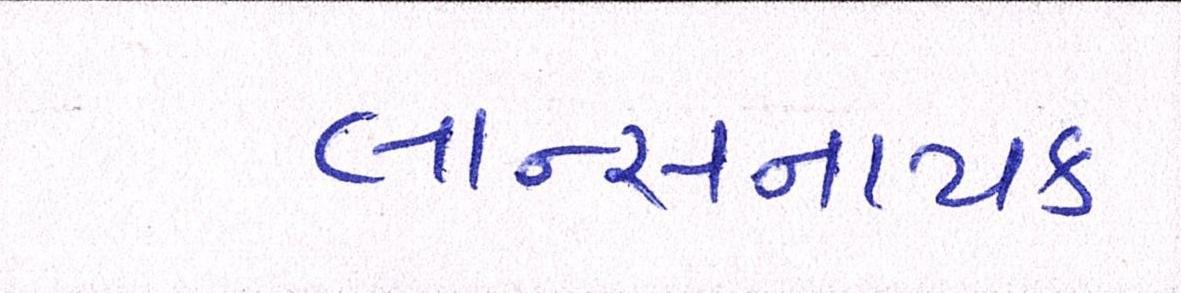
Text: લાન્સનાયક